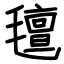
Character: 氊